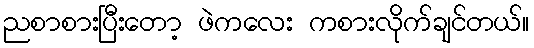
ညစာစားပြီးတော့ ဖဲကလေး ကစားလိုက်ချင်တယ်။